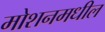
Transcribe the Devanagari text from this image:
मोशनमधील